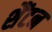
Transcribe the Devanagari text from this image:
शैंटन